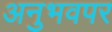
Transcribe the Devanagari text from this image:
अनुभवपर